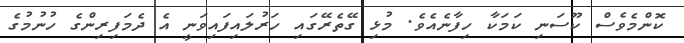
ކޮންމެވެސް ކޫސަނި ކަމަކާ ހިފާނެއެވެ. މުޅި ގޭތެރޭގައި ހަރުލައިފައިވަނީ އެ ދެމަފިރިންގެ ހުނުމުގެ